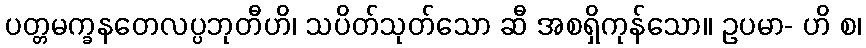
ပတ္တမက္ခနတေလပ္ပဘုတီဟိ၊ သပိတ်သုတ်သော ဆီ အစရှိကုန်သော။ ဥပမာ- ဟိ စ၊